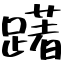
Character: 躇